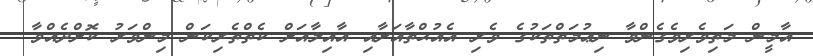
އާމީން މަތިވެރިވެގެންވާ ނިޢުމަތްތަކުގެ ވެރި އެއުޙްތާއަށާއި އާއިލާއަށް ކެތްތެރިކަން މިންވަރު ކޮށްދެއްވާ